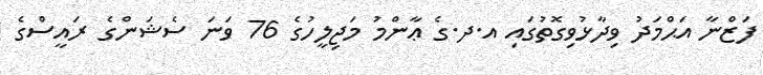
ފަޒްނާ އަޙްމަދު ވިދާޅުވިގޮތުގައި އ.ދ.ގެ ޢާންމު މަޖިލީހުގެ 76 ވަނަ ސެޝަންގެ ރައީސްގެ